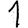
Digit: 1